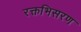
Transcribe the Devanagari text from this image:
रक्तभिसरण